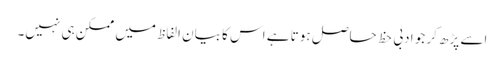
اسے پڑھ کر جو ادبی حظ حاصل ہوتا ہے اس کا بیان الفاظ میں ممکن ہی نہیں۔